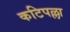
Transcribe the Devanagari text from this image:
कटिपल्ला